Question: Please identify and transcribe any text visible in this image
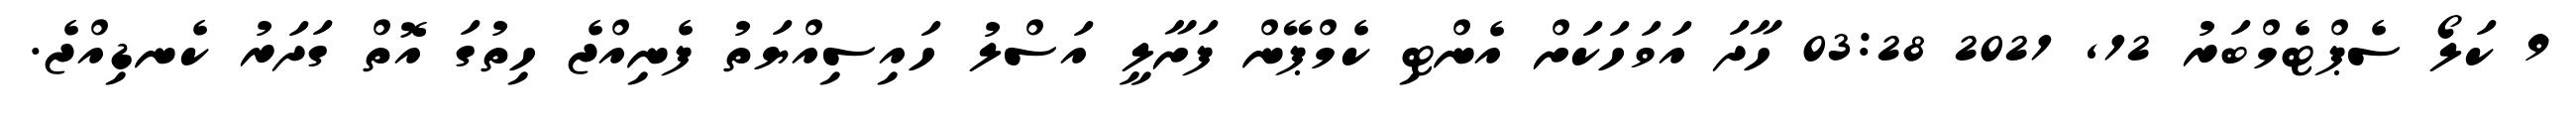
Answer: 9 ކަލޯ ސެޕްޓެމްބަރު 12, 2021 03:28 ހާދަ އަވަހަކަށް އެންޓި ކެމްޕޭން ފަށާލީ އަސްލު ހައިސިއްޔަތު ފެނިއްޖެ ހިތުގަ އޮތް ގަދަރު ކެނޑިއްޖެ.